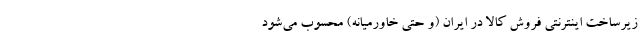
زیرساخت اینترنتی فروش کالا در ایران (و حتی خاورمیانه) محسوب می‌شود